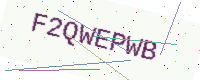
Text: F2QWEPWB